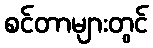
စင်တာများတွင်